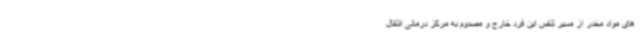
های مواد مخدر از مسیر تنفس این فرد خارج و مصدوم به مرکز درمانی انتقال